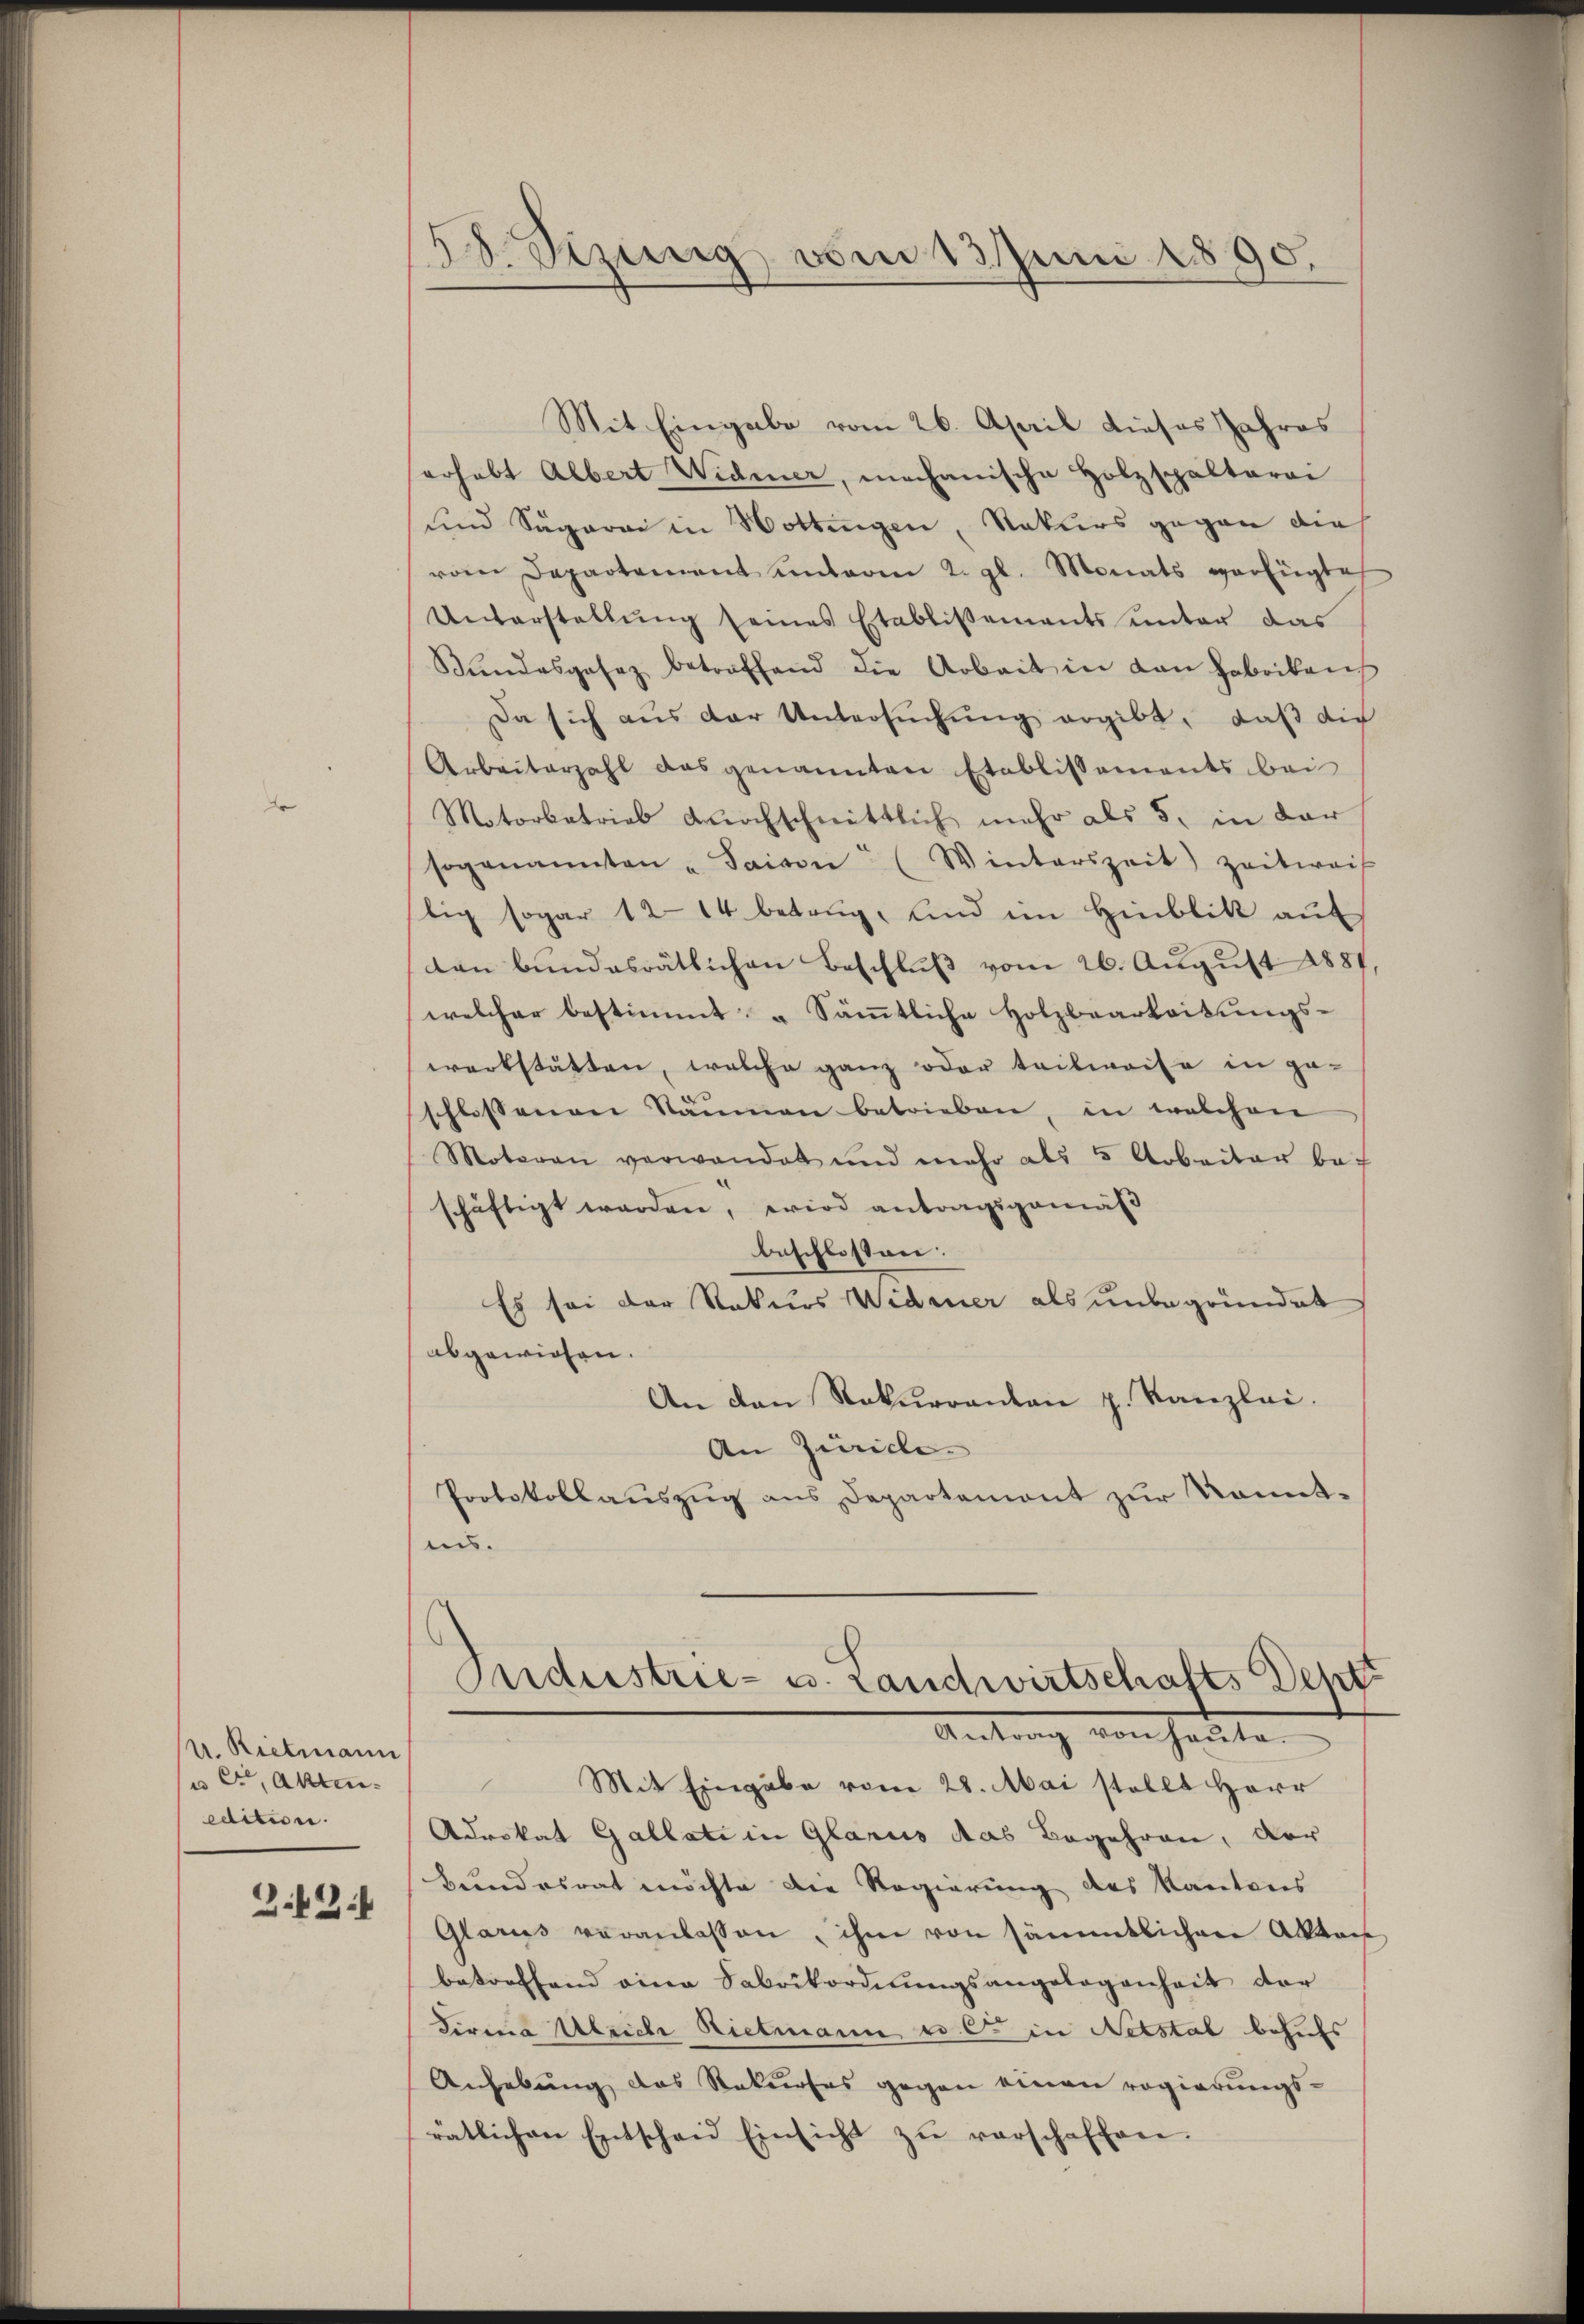
v. Rietmann
u et, Akten.
edition.
Z.3.4

28. Sizung vom 13 Juni 1890.

Mit Eingabe vom 26. April dieses Jahres
herhebt Albert Widmer, mechanische Holzspalterai
und Sägerei in Hottingen, Naturs gegen die
vom Departement unterm 2. gl. Monats verfügte
Unterstellŭng seines Etablissements ŭnter das
Bŭndesgesez betreffend die Arbeit in den Habeibens
Da sich aus der Untersŭchŭng ergibt, daß die
Arbeiterzahl das genannten Etablissements bei
Motorbetrieb durchschnittlich mehr als 5. in dar
sogenannten - Saison. (Winterszeit) zeitweis
lig sogar 1214 betrug, und im Hinblik auf
dan bundesrätlichen Beschlŭβ vom 26. August 1881,
welcher bestimmt. " Sämmtliche Holzbearbeitungswerkstatten, welche ganz oder teilweise in ge-
schlossenen Räumen betrieben, in welchen
Motoren verwandet und mehr als 5 Arbeiter be-
schäftigt werden, wird antragsgemäß
beschlossen:
Es sei der Naturs Widmer als unbegründet
abgewiesen.
An den Rekurrenten z. Kanzlei.
An Zürich
Protokollauszug aus Departemont zur Komit-
ins.
Industrie- u. Landwirtschafts Dehtt
Antrag von heute
Mit Eingabe vom 28. Mai stellt Herr
Advokat Gallate in Glarus das Begehren, der
Bundesrat möchte die Regierung des Kantons
Glarus veranlassen, ihm von sämmtlichen Aktais
betreffend eine Fabrikordnungsangelegenheit der
Firma Ulrich Rietmann, wo C in Netstal behufs
Anhebung das Rekurses gegen einen regierungsrätlichen Entscheid Einsicht zŭ verschaffen.